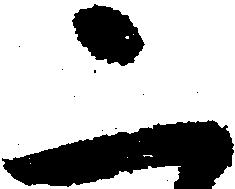
二